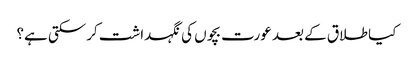
کیا طلاق کے بعد عورت بچوں‌ کی نگہداشت کرسکتی ہے؟